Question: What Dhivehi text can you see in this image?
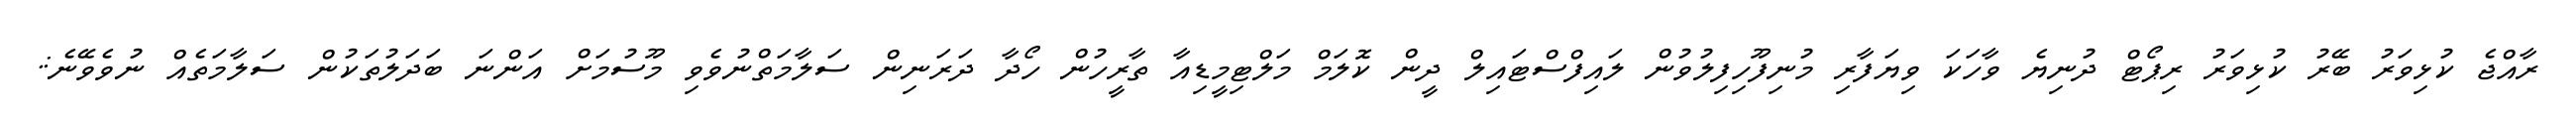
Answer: ރާއްޖެ ކުޅިވަރު ބޭރު ކުޅިވަރު ރިޕޯޓް ދުނިޔެ ވާހަކަ ވިޔަފާރި މުނިފޫހިފިލުވުން ލައިފްސްޓައިލް ދީން ކޮލަމް މަލްޓިމީޑިއާ ތާރީހުން ހޯދާ ދަރަނިން ސަލާމަތްނުވެވި މޫސުމަށް އަންނަ ބަދަލުތަކުން ސަލާމަތެއް ނުވެވޭނެ:.